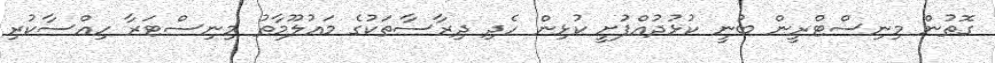
ގޮތުން މިނިސްޓްރީން ބުނީ ކުޅުދުއްފުށީ ކުޅިން ހެދި ދިރާސާތަކުގެ މައުލޫމާތު މިނިސްޓަރާ ހިއްސާކުރި